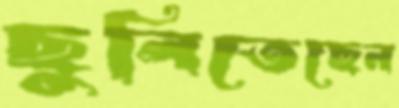
ছুলিতেছেন